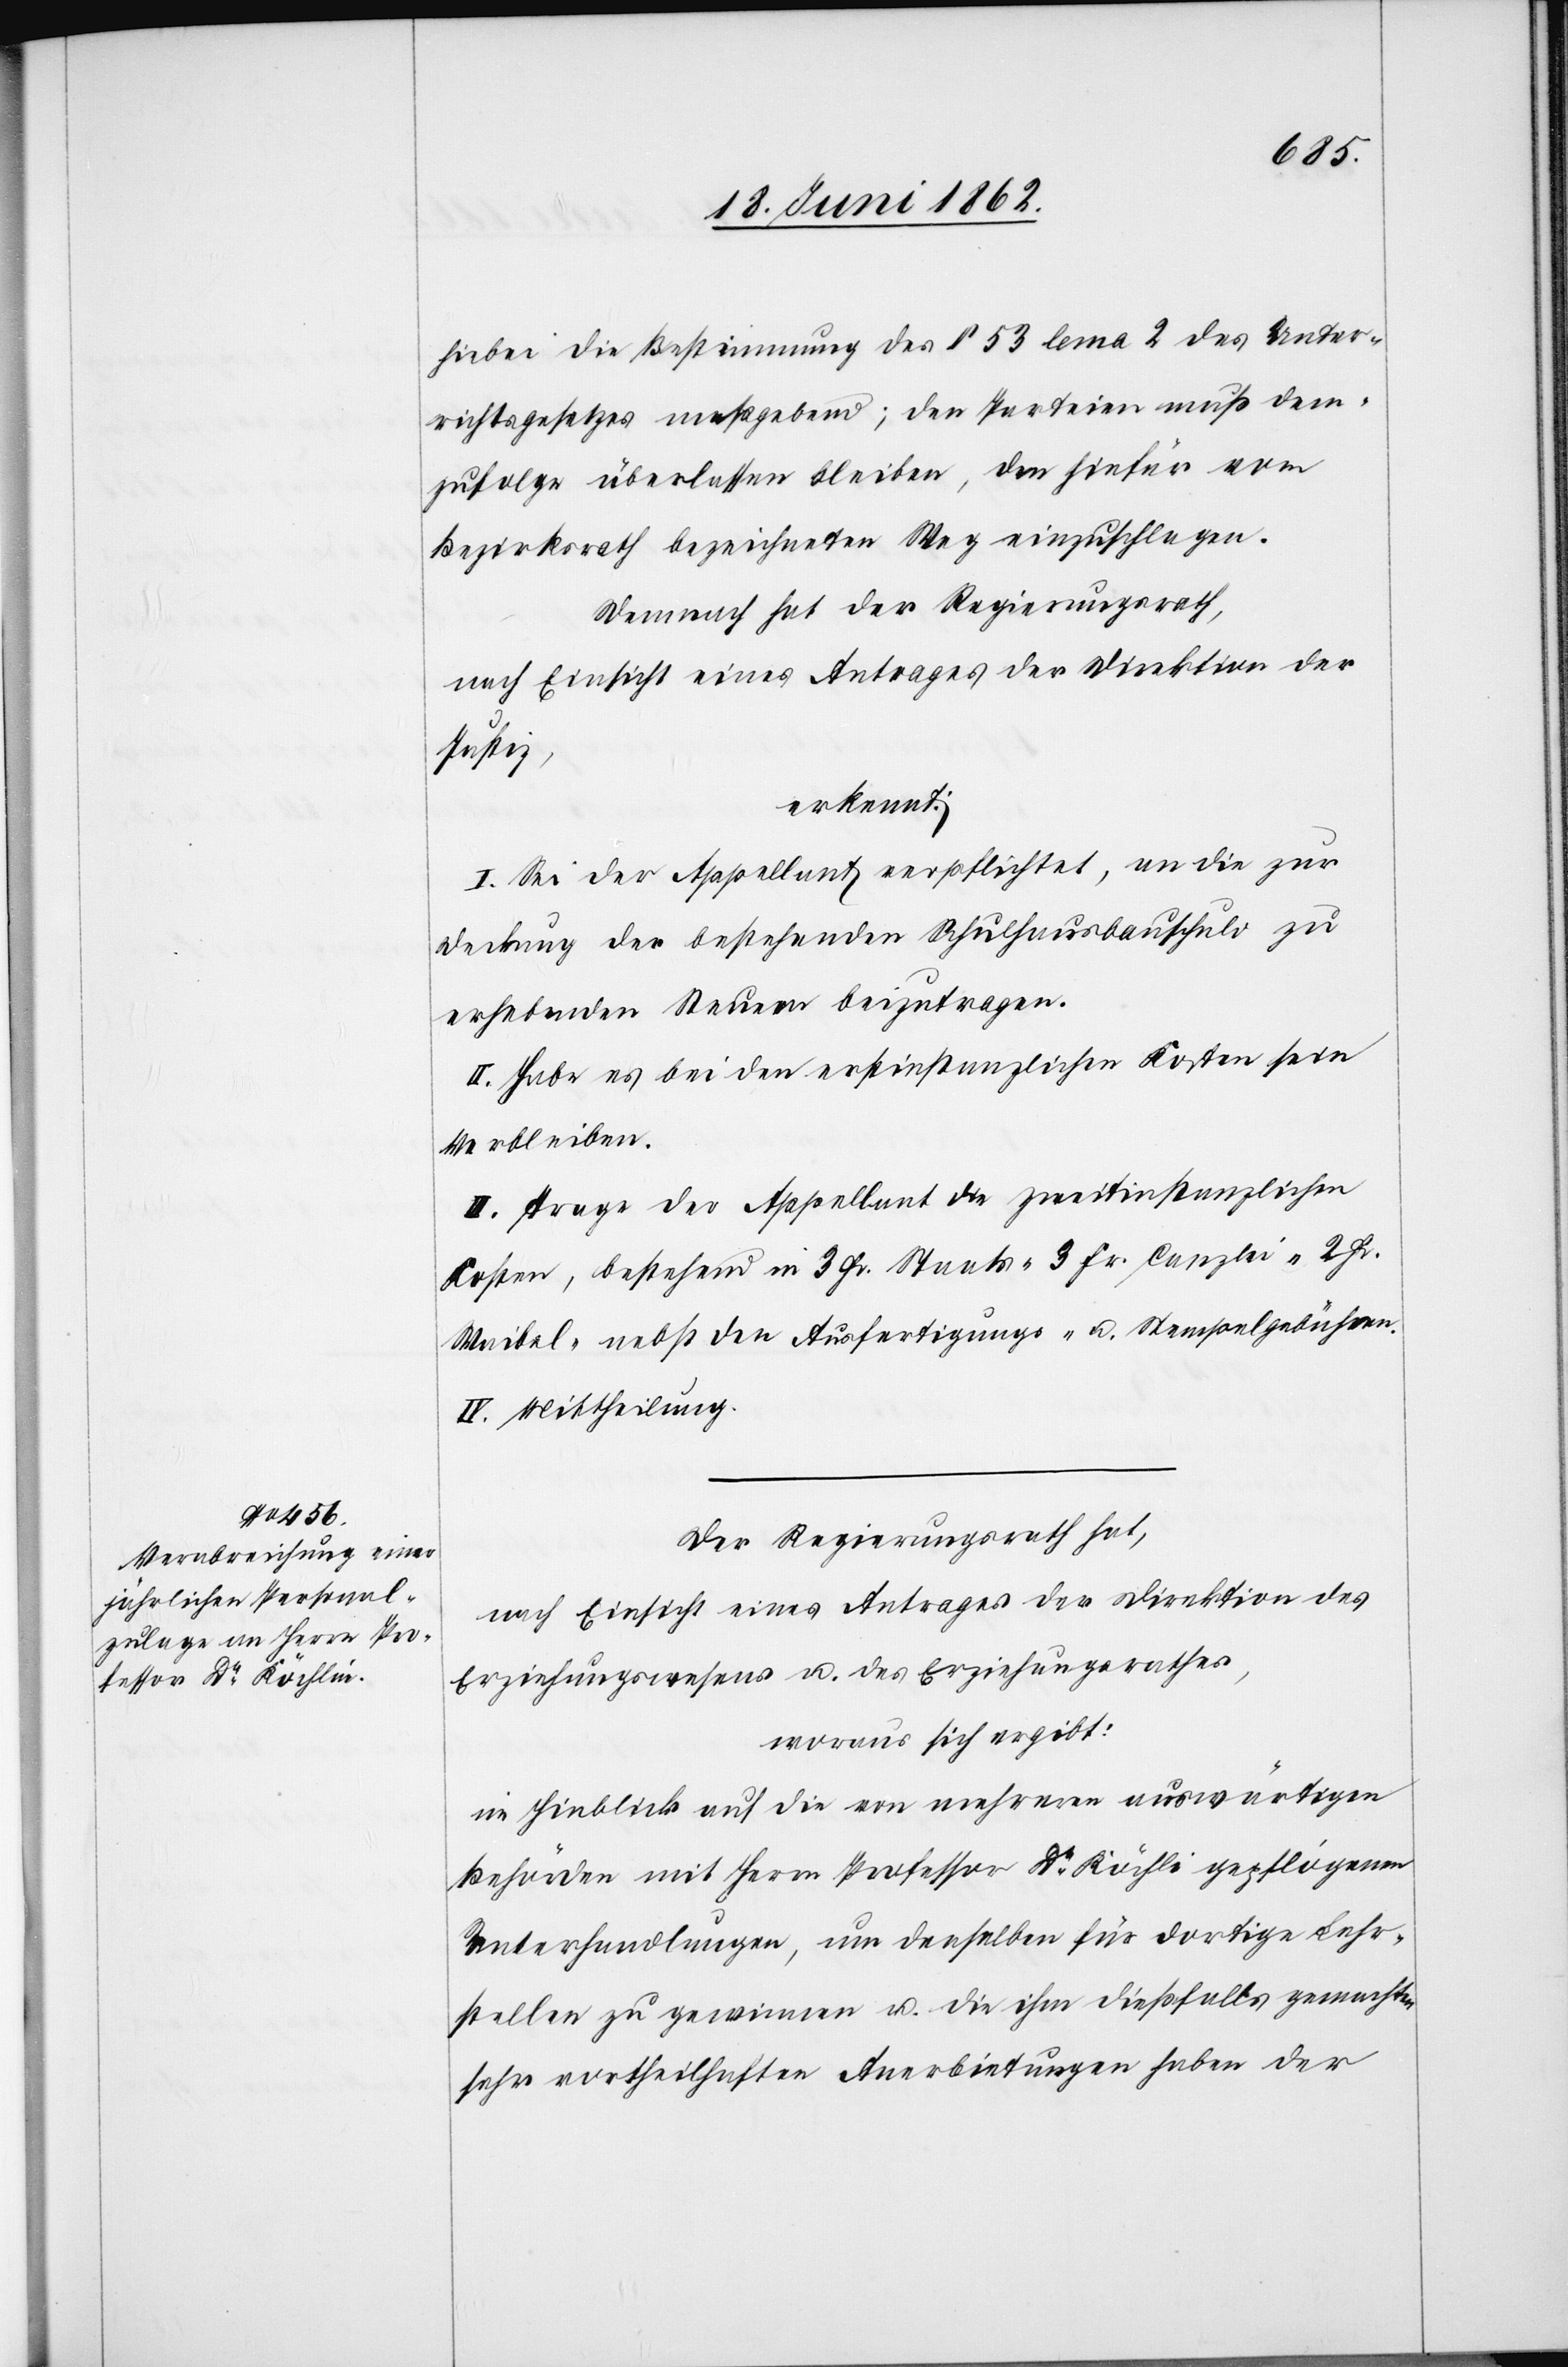
hiebei die Bestimmung des § 53 lema 2 des Unter¬
richtsgesetzes maßgebend; den Parteien muß dem¬
zufolge überlassen bleiben, den hiefür vom
Bezirksrath bezeichneten Weg einzuschlagen.
Demnach hat der Regierungsrath,
nach Einsicht eines Antrages der Direktion der
Justiz,
erkennt:
I. Sei der Appellant verpflichtet, an die zur
Deckung der bestehenden Schulhausbauschuld zu
erhebenden Steuern beizutragen.
II. Habe es bei den erstinstanzlichen Kosten sein
Verbleiben.
III. Trage der Appellant die zweitinstanzlichen
Kosten, bestehend in 3 Fr. Staats-[,] 3 Fr. Canzlei-[,] 2 Fr.
Waibel- nebst den Ausfertigungs- u. Stempelgebühren.
IV. Mittheilung.
Der Regierungsrath hat,
nach Einsicht eines Antrages der Direktion des
Erziehungswesens u. des Erziehungsrathes,
woraus sich ergibt:
im Hinblick auf die von mehreren auswärtigen
Behörden mit Herrn Professor Dr. Köchli gepflogenen
Unterhandlungen, um denselben für dortige Lehr¬
stellen zu gewinnen u. die ihm dießfalls gemachten
sehr vortheilhaften Anerbietungen haben der